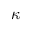
~ ~ ~ ~ ~ ~ ~ ~ ~ ~ ~ ~ ~ ~ ~ \kappa